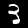
Digit: 3